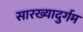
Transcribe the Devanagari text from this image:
सारख्यादुर्गम